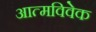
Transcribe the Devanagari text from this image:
आत्मविवेक